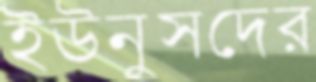
ইউনুসদের